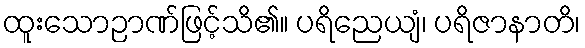
ထူးသောဉာဏ်ဖြင့်သိ၏။ ပရိညေယျံ၊ ပရိဇာနာတိ၊